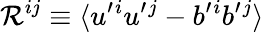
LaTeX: {\cal{R}}^{ij}\equiv\langle{u^{\prime}{}^{i}u^{\prime}{}^{j}-b^{\prime}{}^{i}b^{\prime}{}^{j}}\rangle